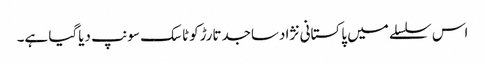
اس سلسلے میں پاکستانی نژادساجدتارڑکوٹاسک سونپ دیاگیا ہے۔